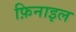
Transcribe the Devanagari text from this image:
फ़िनाइल